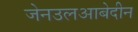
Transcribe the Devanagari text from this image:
जेनउलआबेदीन